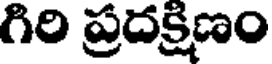
గిరి ప్రదక్షిణం